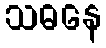
သဓနေ